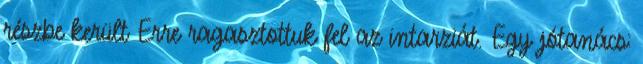
részbe került Erre ragasztottuk fel az intarziát. Egy jótanács: